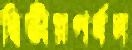
দ্বিতীয়পর্বন